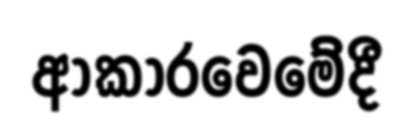
ආකාරවෙමේදී